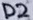
Text: D2